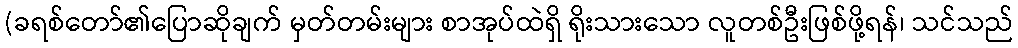
(ခရစ်တော်၏ပြောဆိုချက် မှတ်တမ်းများ စာအုပ်ထဲရှိ ရိုးသားသော လူတစ်ဦးဖြစ်ဖို့ရန်၊ သင်သည်